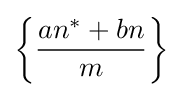
\left\{{\frac {an^{*}+bn}{m}}\right\}